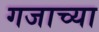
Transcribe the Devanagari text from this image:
गजाच्या